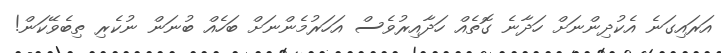
އަރައިގަނެ އެކުދިންނަށް ހަދާނެ ގޮތެއް ހަދާއިރުވެސް އަހަރުމެންނަށް ބަހެއް ބުނަން ނުކެރި ތިބެވޭކަން!